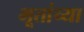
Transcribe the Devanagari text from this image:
भूतांच्या